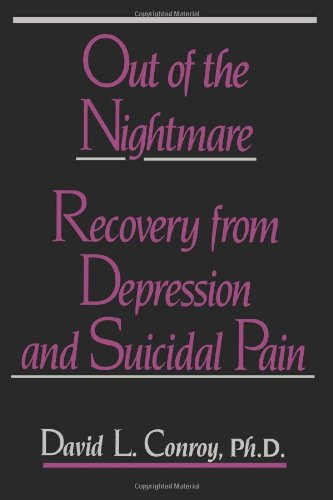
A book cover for Out of the Nightmare: Recovery from Depression and Suicidal Pain; David Conroy; Health, Fitness & Dieting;